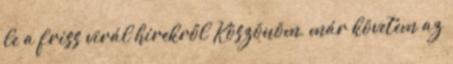
le a friss virál hírekről Köszönöm, már követem az